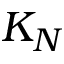
K _ { N }